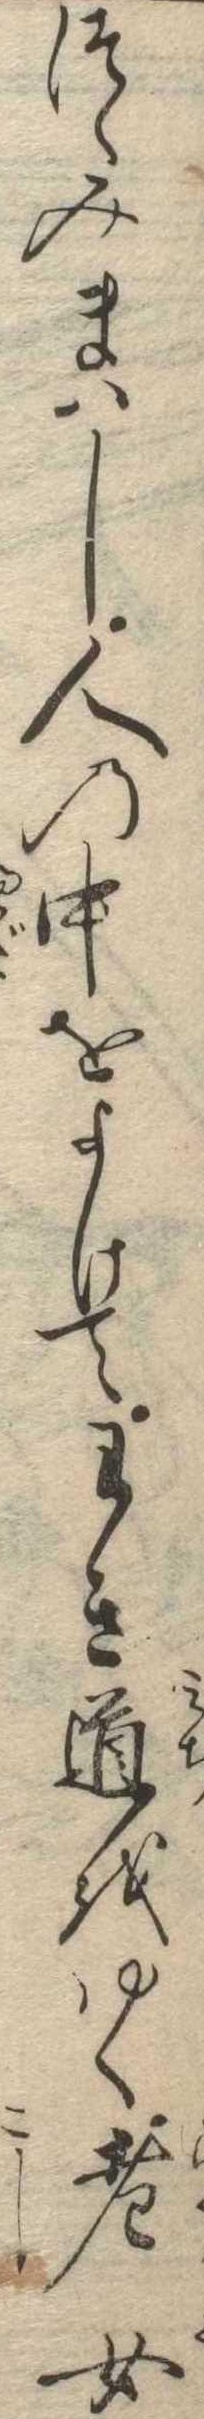
つゝみまはし人の中をよけてわき道をゆく老女